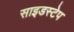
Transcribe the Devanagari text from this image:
साइडस्टेप